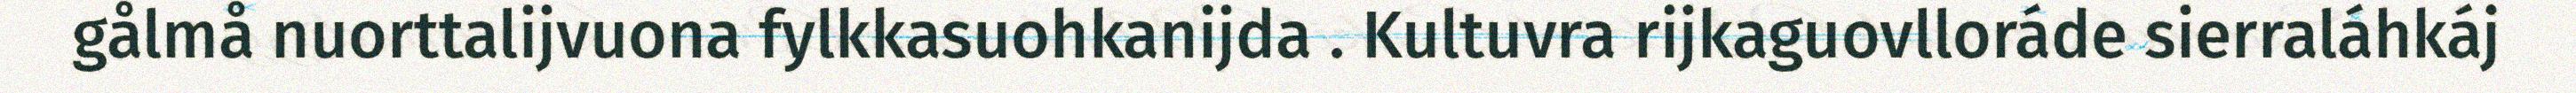
gålmå nuorttalijvuona fylkkasuohkanijda . Kultuvra rijkaguovlloráde sierraláhkáj